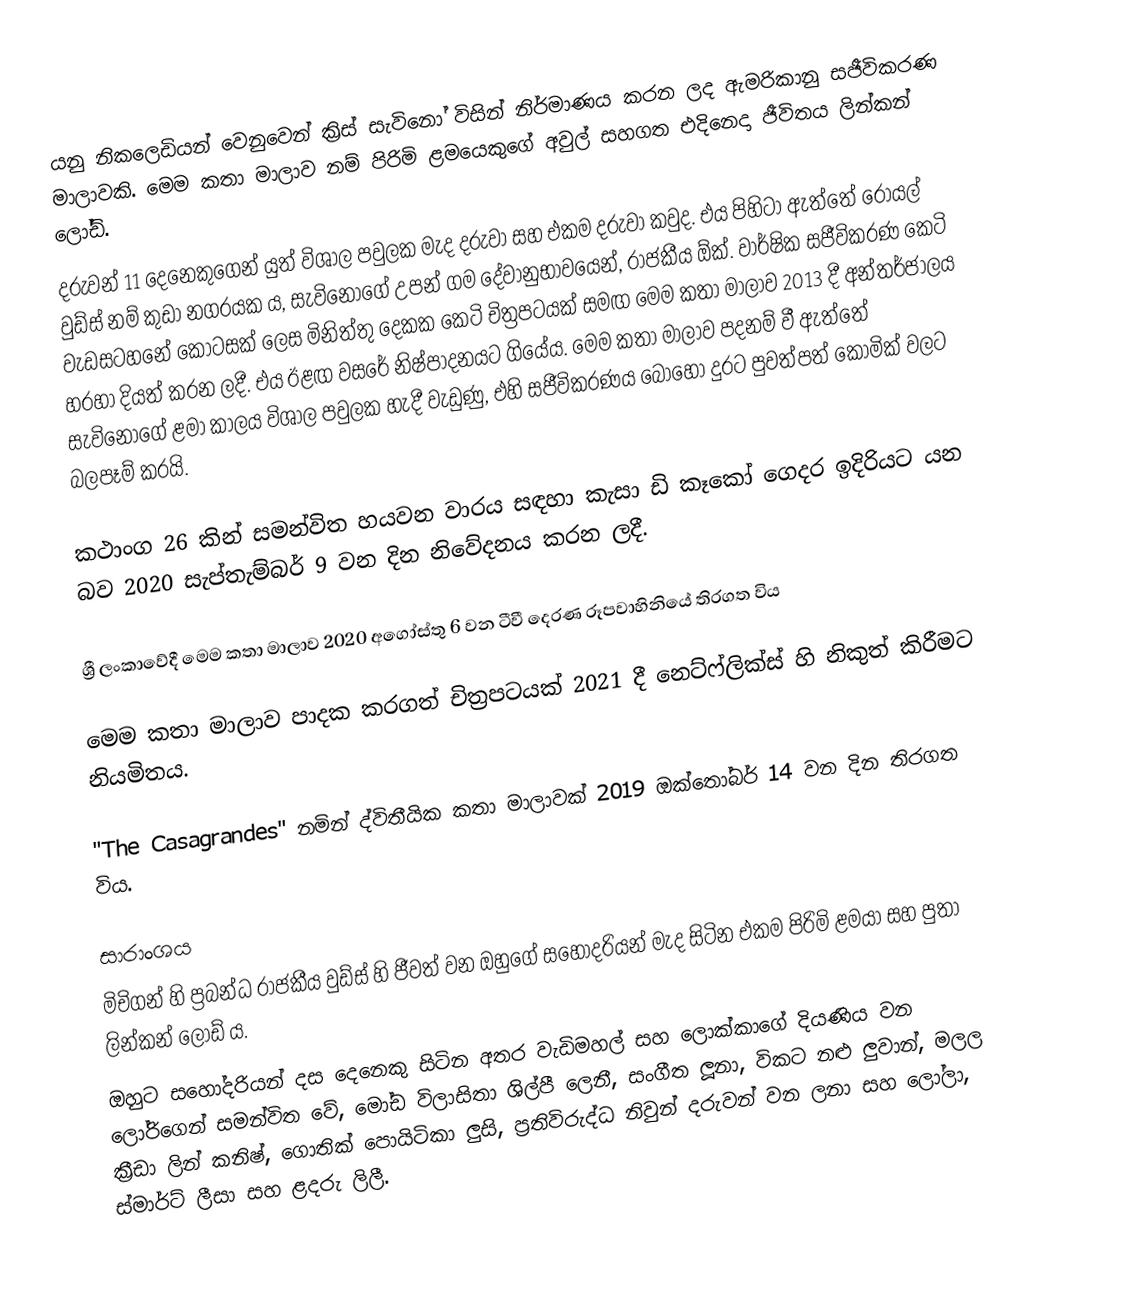
යනු නිකලෙඩියන් වෙනුවෙන් ක්‍රිස් සැවිනෝ විසින් නිර්මාණය කරන ලද ඇමරිකානු සජීවිකරණ මාලාවකි. මෙම කතා මාලාව නම් පිරිමි ළමයෙකුගේ අවුල් සහගත එදිනෙදා ජීවිතය ලින්කන් ලෝඩ්.
දරුවන් 11 දෙනෙකුගෙන් යුත් විශාල පවුලක මැද දරුවා සහ එකම දරුවා කවුද. එය පිහිටා ඇත්තේ රෝයල් වුඩ්ස් නම් කුඩා නගරයක ය, සැවිනෝගේ උපන් ගම දේවානුභාවයෙන්, රාජකීය ඕක්. වාර්ෂික සජීවිකරණ කෙටි වැඩසටහනේ කොටසක් ලෙස මිනිත්තු දෙකක කෙටි චිත්‍රපටයක් සමඟ මෙම කතා මාලාව 2013 දී අන්තර්ජාලය හරහා දියත් කරන ලදී. එය ඊළඟ වසරේ නිෂ්පාදනයට ගියේය. මෙම කතා මාලාව පදනම් වී ඇත්තේ සැවිනෝගේ ළමා කාලය විශාල පවුලක හැදී වැඩුණු, එහි සජීවිකරණය බොහෝ දුරට පුවත්පත් කොමික් වලට බලපෑම් කරයි.

කථාංග 26 කින් සමන්විත හයවන වාරය සඳහා කැසා ඩි කෑකෝ ගෙදර ඉදිරියට යන බව 2020 සැප්තැම්බර් 9 වන දින නිවේදනය කරන ලදී.

ශ්‍රී ලංකාවේදී මෙම කතා මාලාව 2020 අගෝස්තු 6 වන ටීවී දෙරණ රූපවාහිනියේ තිරගත විය

මෙම කතා මාලාව පාදක කරගත් චිත්‍රපටයක් 2021 දී නෙට්ෆ්ලික්ස් හි නිකුත් කිරීමට නියමිතය.

"The Casagrandes" නමින් ද්විතීයික කතා මාලාවක් 2019 ඔක්තෝබර් 14 වන දින තිරගත විය.

සාරාංශය
මිචිගන් හි ප්‍රබන්ධ රාජකීය වුඩ්ස් හි ජීවත් වන ඔහුගේ සහෝදරියන් මැද සිටින එකම පිරිමි ළමයා සහ පුතා ලින්කන් ලෝඩ් ය.
ඔහුට සහෝදරියන් දස දෙනෙකු සිටින අතර වැඩිමහල් සහ ලොක්කාගේ දියණිය වන ලෝරිගෙන් සමන්විත වේ, මෝඩ විලාසිතා ශිල්පී ලෙනී, සංගීත ලූනා, විකට නළු ලුවාන්, මලල ක්‍රීඩා ලින් කනිෂ්,  ගොතික් පොයිටිකා ලුසි, ප්‍රතිවිරුද්ධ නිවුන් දරුවන් වන ලනා සහ ලෝලා, ස්මාර්ට් ලීසා සහ ළදරු ලිලී.